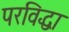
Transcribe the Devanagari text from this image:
परविद्धा